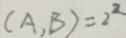
( A , B ) = 2 ^ { 2 }